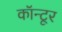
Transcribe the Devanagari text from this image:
कॉन्टूर